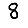
Digit: 8